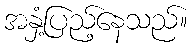
အနှံ့ပြည့်နေသည်။